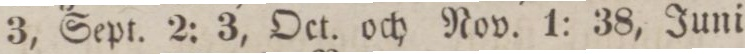
3, Sept. 2: 3, Oct. och Nov. 1: 38, Juni